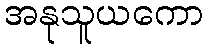
အနုသူယကော